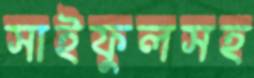
সাইফুলসহ